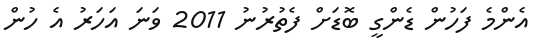
އެންމެ ފަހުން ޑެންގީ ބޮޑަށް ފެތުރުނު 2011 ވަނަ އަހަރު އެ ހުން